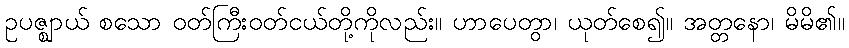
ဥပဇ္ဈာယ် စသော ဝတ်ကြီးဝတ်ငယ်တို့ကိုလည်း။ ဟာပေတွာ၊ ယုတ်စေ၍။ အတ္တနော၊ မိမိ၏။